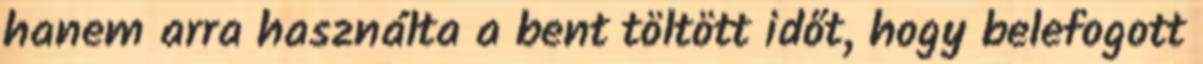
hanem arra használta a bent töltött időt, hogy belefogott